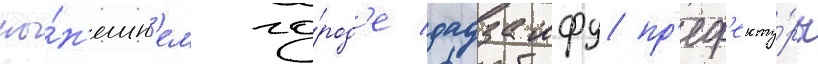
ны́н'ешн'ем го́род'е дадзаифу пр'еф'екту́ры